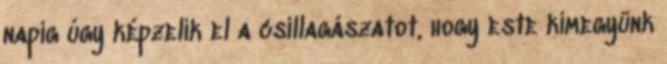
napig úgy képzelik el a csillagászatot, hogy este kimegyünk